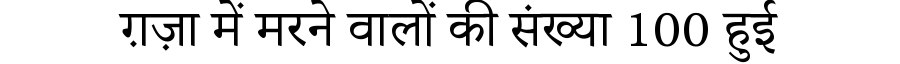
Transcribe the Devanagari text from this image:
ग़ज़ा में मरने वालों की संख्या 100 हुई